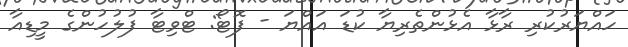
ހައްޔަރުކުރި ރާޅާ އެޅުންތެރިޔާ ކުޑަ އައްޔަ - ފޮޓޯ: ޓްވިޓާ ފުލުހުންގެ މީޑިއާ